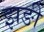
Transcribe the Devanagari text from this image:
झङी